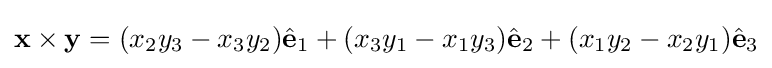
\mathbf {x} \times \mathbf {y} =(x_{2}y_{3}-x_{3}y_{2}){\hat {\mathbf {e} }}_{1}+(x_{3}y_{1}-x_{1}y_{3}){\hat {\mathbf {e} }}_{2}+(x_{1}y_{2}-x_{2}y_{1}){\hat {\mathbf {e} }}_{3}